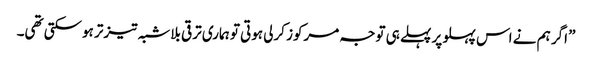
” اگر ہم نے اس پہلو پر پہلے ہی توجہ مرکوز کرلی ہوتی تو ہماری ترقی بلاشبہ تیزتر ہوسکتی تھی۔